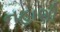
નહાણી